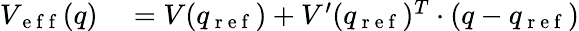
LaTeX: \begin{array}{rl}{V_{\mathrm{~e~f~f~}}(q)}&{{}=V(q_{\mathrm{~r~e~f~}})+V^{\prime}(q_{\mathrm{~r~e~f~}}){}^{T}\cdot(q-q_{\mathrm{~r~e~f~}})}\end{array}